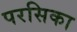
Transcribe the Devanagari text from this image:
परसिका